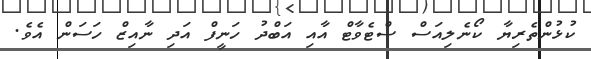
ކުޅުންތެރިޔާ ކޯނެލިއަސް ސްޓެވާޓް އާއި އަބްދު ހަނީފް އަދި ނާއިޒް ހަސަން އެވެ.